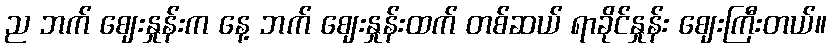
ည ဘက် ဈေးနှုန်းက နေ့ ဘက် ဈေးနှုန်းထက် တစ်ဆယ် ရာခိုင်နှုန်း ဈေးကြီးတယ်။